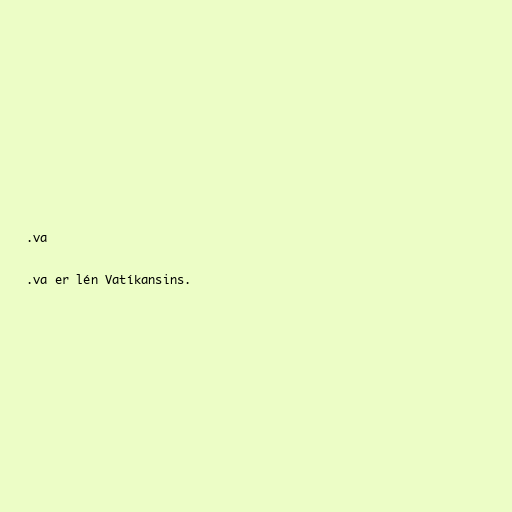
.va

.va er lén Vatíkansins.